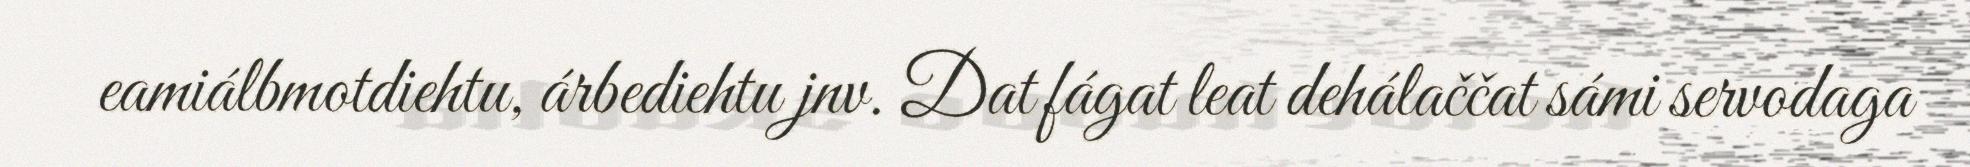
eamiálbmotdiehtu, árbediehtu jnv. Dat fágat leat dehálaččat sámi servodaga